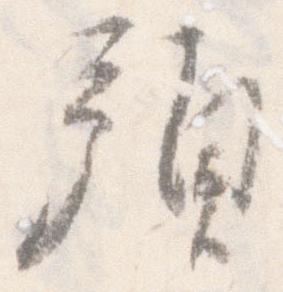
預